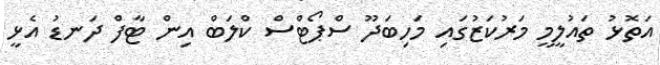
އަތޮޅު ތައުލީމީ މަރުކަޒުގައި މަހިބަދޫ ސްޕޯޓްސް ކްލަބް އިން ޓާފް ދަނޑު އެޅީ